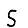
Digit: 5